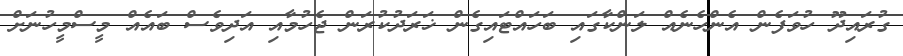
ގުރައިދޫ ހުވަފެން އެންހެނެއް ލަންކާގައި ބަހައްޓައިގެން ޚަރަދުކުރަން ޖެހުމާއި އަދިވެސް ބައެއް މީސްމީހުނަށް